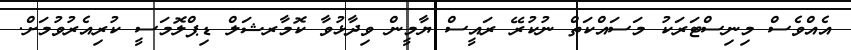
އެއްވެސް މިނިސްޓަރަކު މަސައްކަތް ނުކުރޭ ރައީސް ޔާމީން ވިދާޅުވާ ކޮމާރޝަލް ޑިޕްލޮމަސީ ކުރިއެރުވުމަށް.